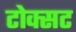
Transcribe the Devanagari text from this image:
टोक्सट